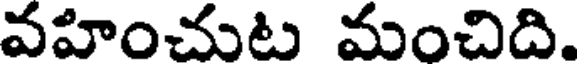
వహించుట మంచిది.